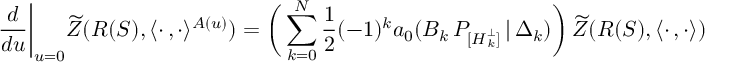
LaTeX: \frac { d } { d u } \biggl | _ { u = 0 } \widetilde { Z } ( R ( S ) , \langle \cdot \, , \cdot \rangle ^ { A ( u ) } ) = \biggl ( \, \sum _ { k = 0 } ^ { N } \frac { 1 } { 2 } ( - 1 ) ^ { k } a _ { 0 } ( B _ { k } \, P _ { [ { \cal H \/ } _ { k } ^ { \perp } ] } \, | \, \Delta _ { k } ) \biggr ) \, \widetilde { Z } ( R ( S ) , \langle \cdot \, , \cdot \rangle )